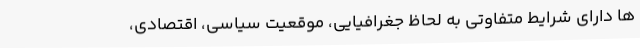
ها دارای شرایط متفاوتی به لحاظ جغرافیایی، موقعیت سیاسی، اقتصادی،